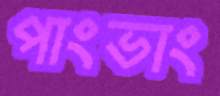
পাংভাং